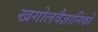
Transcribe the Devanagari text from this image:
खगोलवैज्ञानिकों